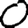
Digit: 0